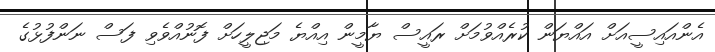
އެންއައިސީއަށް އައްޔަން ކުރެއްވުމަށް ރައީސް ޔާމީން އިއްޔެ މަޖިލީހަށް ފޮނުއްވެވި ފަސް ނަންފުޅުގެ